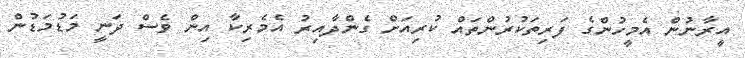
އީރާނުން އެމީހުންގެ ފަރިތަކުރުންތައް ކުރިއަށް ގެންދާއިރު އެމެރިކާ އިން ވެސް ދަނީ މަޑުމަޑުން